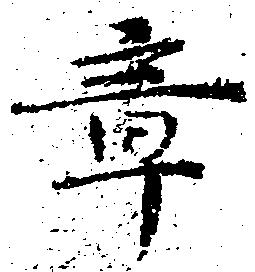
章